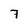
Character: 7